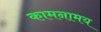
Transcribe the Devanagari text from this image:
कामनामय